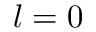
l = 0